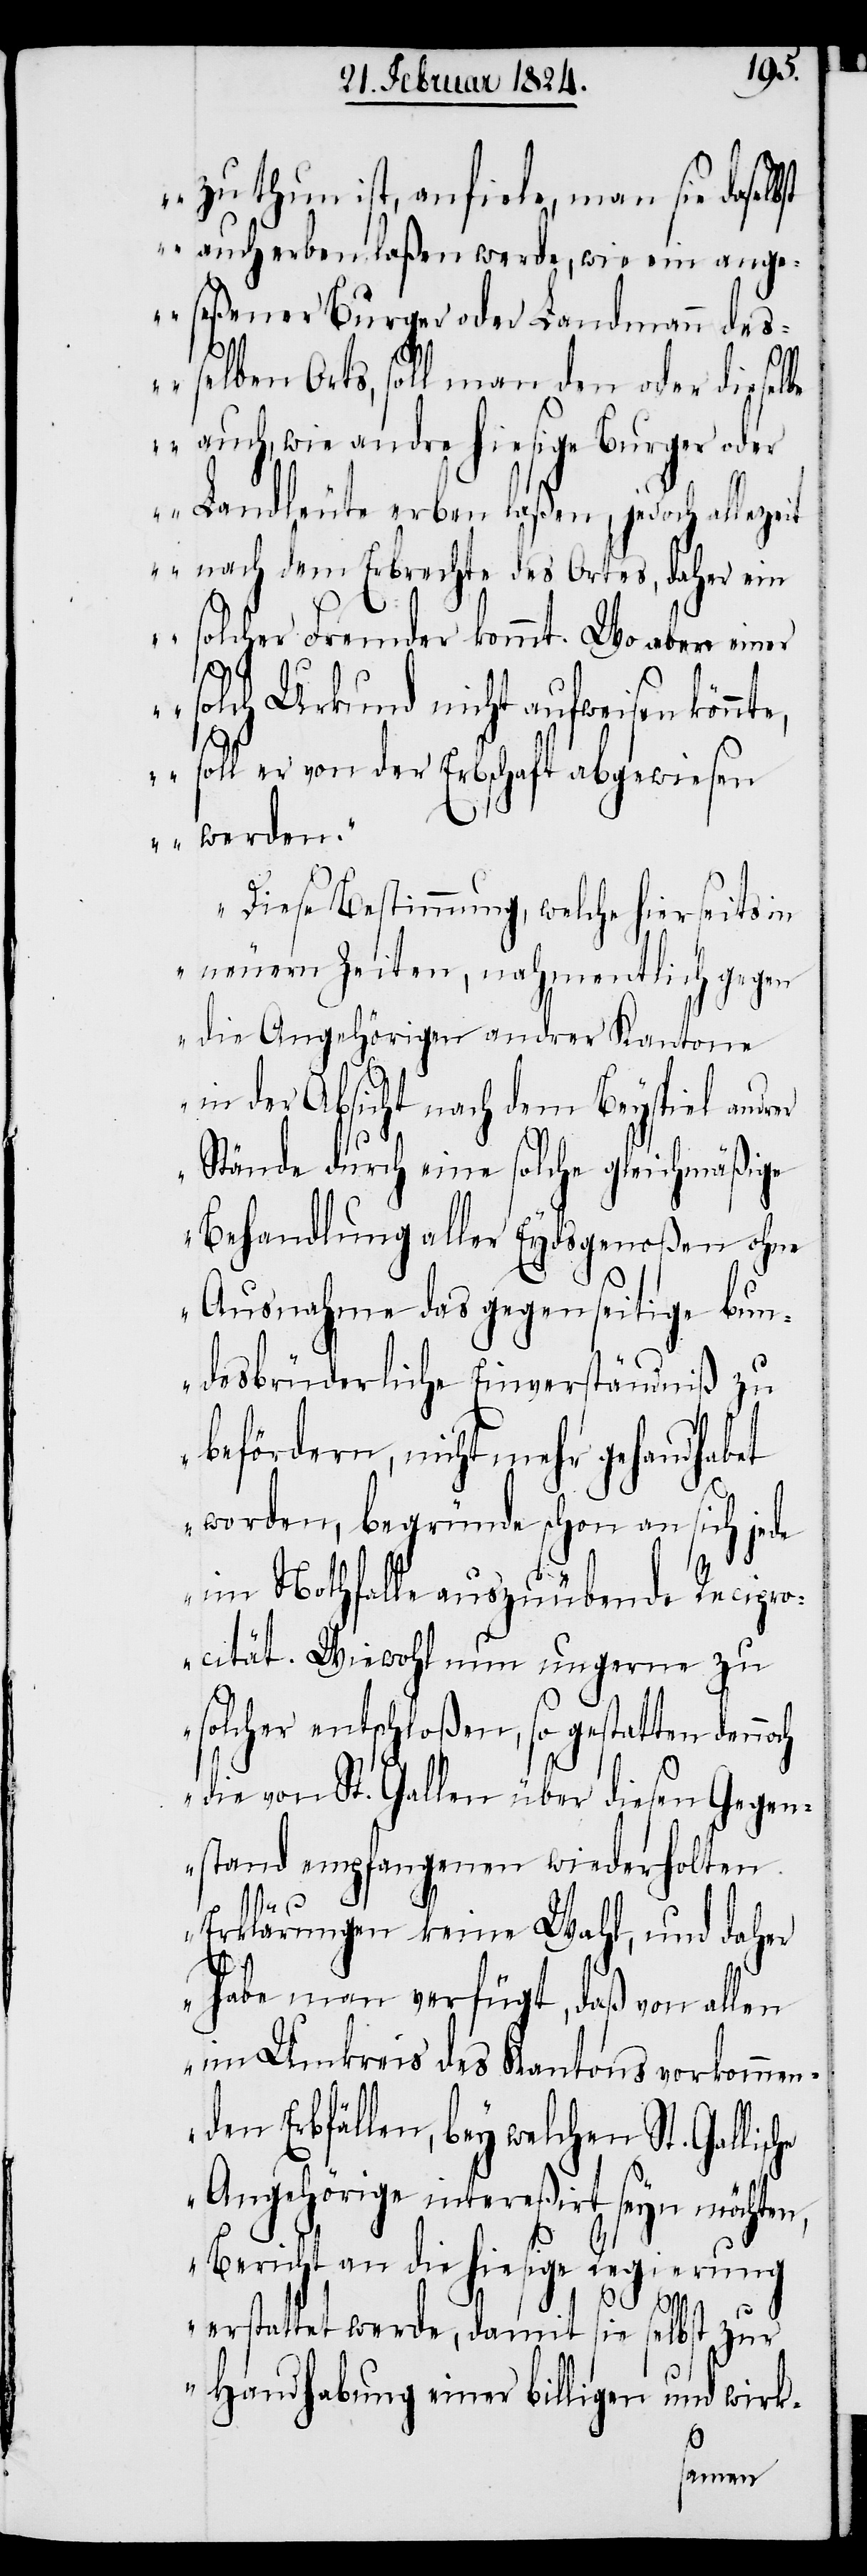
zu thun ist, anfiele, man sie daselbst
auch erben laßen werde, wie ein ange¬
seßener Burger oder Landmann des¬
selben Orts, soll man den oder dieselb¬
e auch, wie andre hiesige Burger oder
Landleute erben laßen, jedoch allezeit
nach dem Erbrechte des Ortes, daher ein
solcher Fremder kommt. Wo aber einer
solch Urkund nicht aufweisen könn¬
te, soll er von der Erbschaft abgewiesen
werden.“
Diese Bestimmung, welche hierseits in
neuern Zeiten, nahmentlich gegen
die Angehörigen andrer Kantone
in der Absicht nach dem Beyspiel andrer
Stände durch eine solche gleichmäßige
Behandlung aller Eydsgenoßen ohne
Ausnahme des gegenseitige bun¬
desbrüderliche Einverständniß zu
befördern, nicht mehr gehandhabet
worden, begründe schon an sich jede
im Nothfalle auszuübende Recipro¬
cität. Wiewohl nun ungerne zu
solcher entschloßen, so gestatten denno¬
die von St. Gallen über diesen Gegen¬
stand empfangenen wiederholten
lische
Erklärungen keine Wahl, und daher
habe man verfügt, daß von allen
im Umkreis des Kantons vorkommen¬
den Erbfällen, bey welchen St. Gal¬
Angehörige intereßirt seyn möchten,
Bericht an die hiesige Regierung
erstattet werde, damit sie selbst zur
Handhabung einer billigen und wirk-
ch